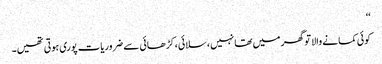
‘‘
کوئی کمانے والا تو گھر میں تھا نہیں، سلائی، کڑھائی سے ضروریات پوری ہوتی تھیں۔